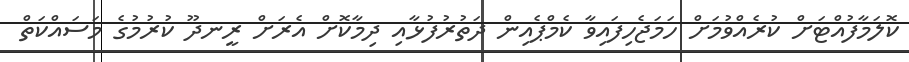
ކޮލަމާފުއްޓަށް ކުރެއްވުމަށް ހަމަޖެހިފައިވާ ކެމްޕެއިން ދަތުރުފުޅާއި ދިމާކޮށް އެރަށް ރީނދޫ ކުރުމުގެ މަސައްކަތް